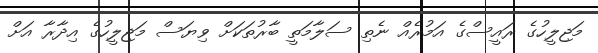
މަޖިލީހުގެ ރައީސްގެ އަމުރެއް ނެތި ސަލާމަތީ ބާރުތަކަށް ވިޔަސް މަޖިލީހުގެ އިދާރާ އަށް